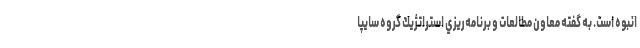
انبوه است. به گفته معاون مطالعات و برنامه‌ريزي استراتژيك گروه سايپا